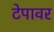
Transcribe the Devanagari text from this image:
टेपावर